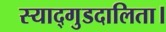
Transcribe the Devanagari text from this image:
स्याद्गुडदालिता।